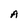
Character: A